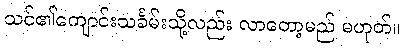
သင်၏ကျောင်းသင်္ခမ်းသို့လည်း လာတော့မည် မဟုတ်။